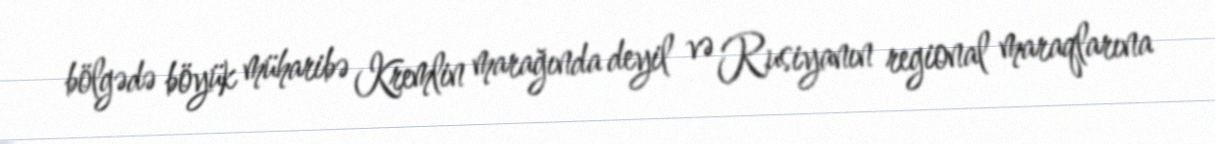
bölgədə böyük müharibə Kremlin marağında deyil və Rusiyanın regional maraqlarına